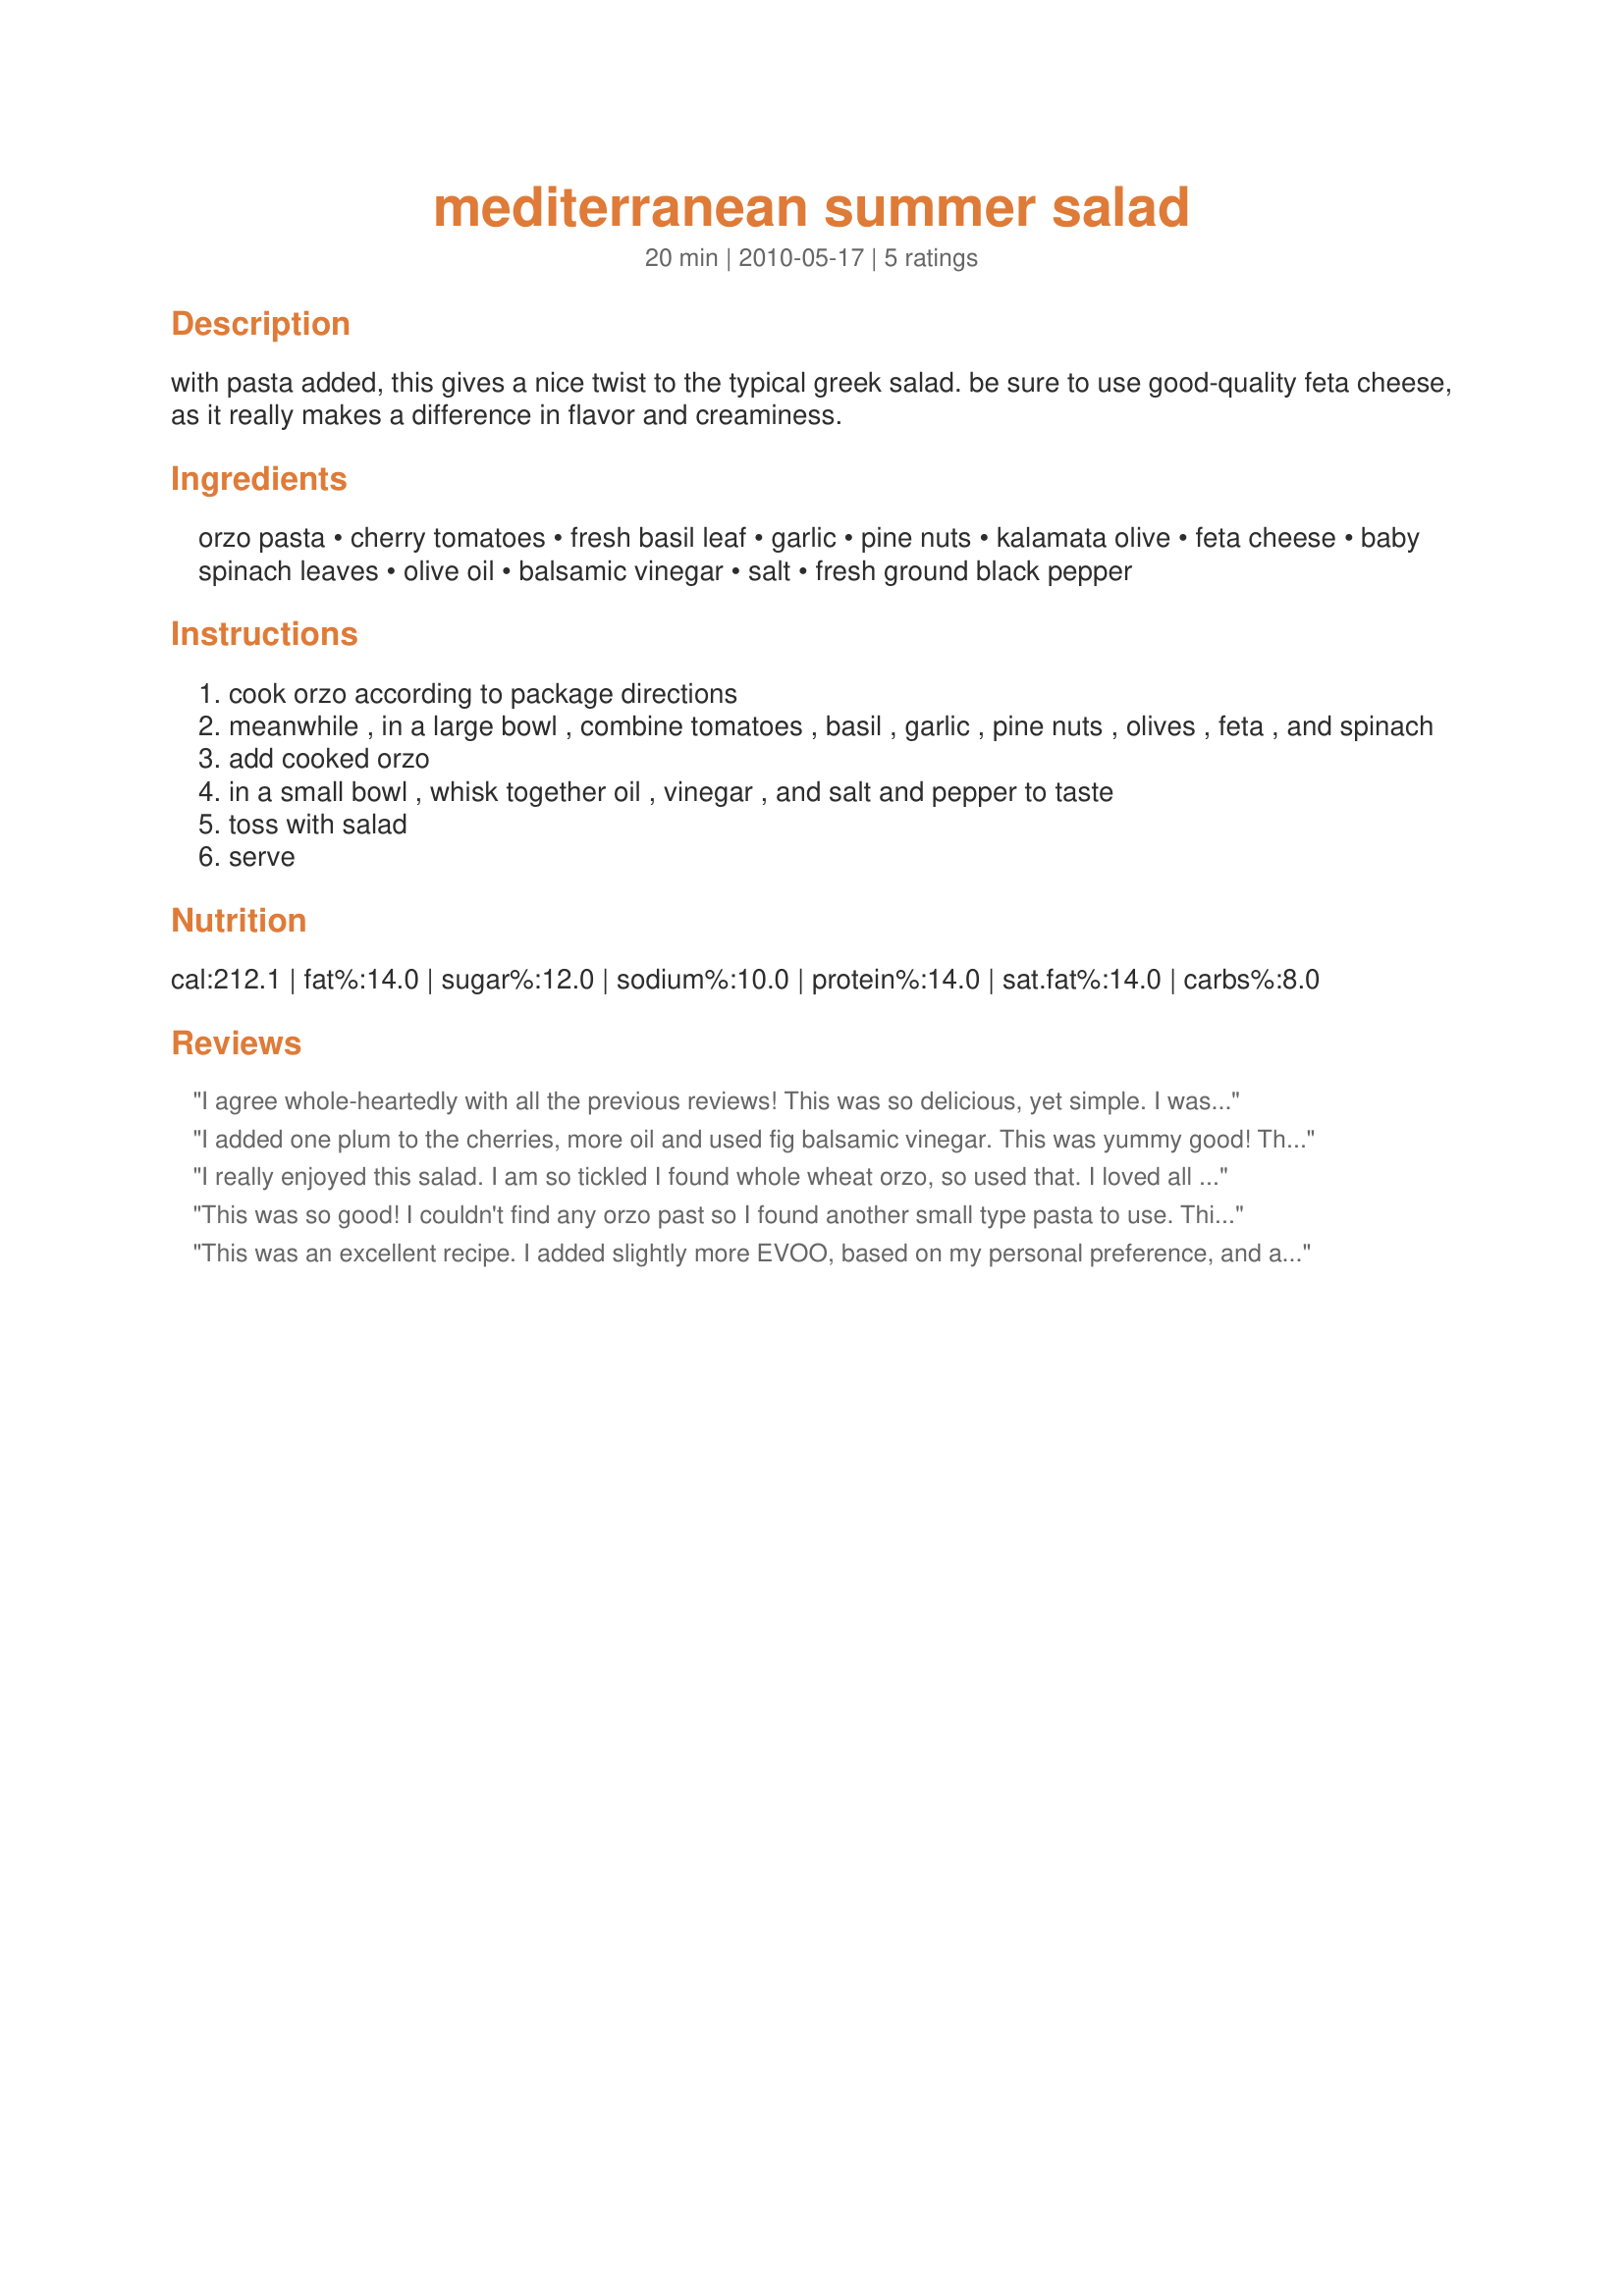
mediterranean summer salad
Preparation time: 20 minutes

with pasta added, this gives a nice twist to the typical greek salad. be sure to use good-quality feta cheese, as it really makes a difference in flavor and creaminess.

Ingredients:
orzo pasta, cherry tomatoes, fresh basil leaf, garlic, pine nuts, kalamata olive, feta cheese, baby spinach leaves, olive oil, balsamic vinegar, salt, fresh ground black pepper

Steps:
cook orzo according to package directions
meanwhile , in a large bowl , combine tomatoes , basil , garlic , pine nuts , olives , feta , and spinach
add cooked orzo
in a small bowl , whisk together oil , vinegar , and salt and pepper to taste
toss with salad
serve

Reviews:
I agree whole-heartedly with all the previous reviews! This was so delicious, yet simple. I was worried that it might be dry or bland because there didn't seem to be much dressing, but it was actually perfect. I wouldn't change a thing (except I used grape tomatoes instead of cherry tomatoes). Packed this for lunch and couldn't have been happier. Thanks for sharing. Made for Almost 5 Tag Game.
I added one plum to the cherries, more oil and used fig balsamic vinegar. This was yummy good! Thanks.
I really enjoyed this salad. I am so tickled I found whole wheat orzo, so used that. I loved all the ingredients. I didn't have fresh basil, so used fresh parsley and oregano from the garden and added some dried basil. Thanks! Made for PRMR game.
This was so good! I couldn't find any orzo past so I found another small type pasta to use. This is a great summer salad and can see me taking it to potlucks and picnics. Thanks for sharing!
This was an excellent recipe. I added slightly more EVOO, based on my personal preference, and also some leftover smoked chicken. I wasn't so sure about the baby spinach, but in the end, I loved it! Great balance of flavors and textures.
